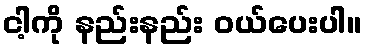
ငါ့ကို နည်းနည်း ဝယ်ပေးပါ။